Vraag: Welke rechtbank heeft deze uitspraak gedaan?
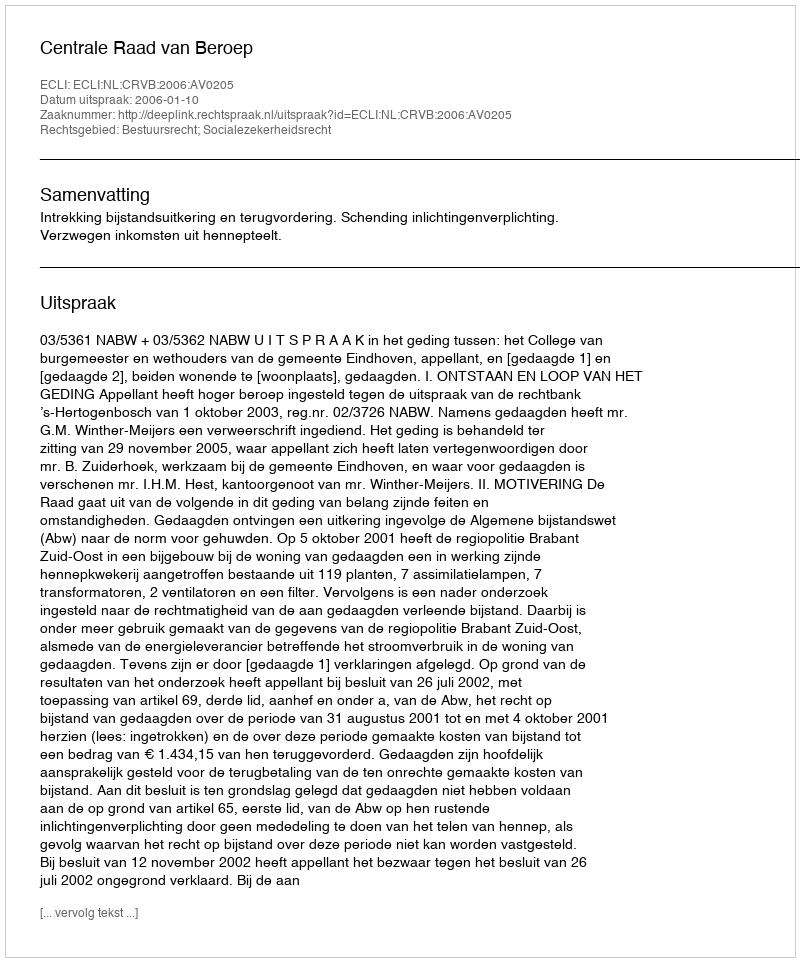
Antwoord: Centrale Raad van Beroep